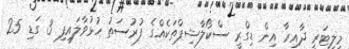
މިލިޓަރީ ދާއިރާ އިން ޑިގްރީ ސްކޯލާޝިޕްތަކެއްގެ ފުރުސަތު ހުޅުވާލައިފި 3 ގަޑި 25